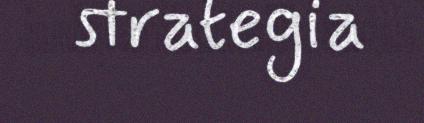
strategia